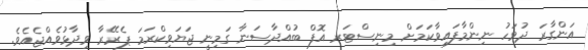
އަންގާރަ ދުވަހު ނިންމާފައިވާކަމަށް މިނިސްޓަރ އޮފް ބުއްދާސަނާ ގަމިނީ ޖަޔަވިކްރަމަ ޕެރޭރާ ވިދާޅުވެއްޖެއެވެ.